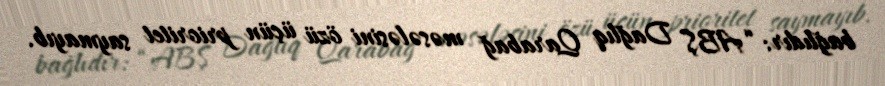
bağlıdır: “ABŞ Dağlıq Qarabağ məsələsini özü üçün prioritet saymayıb.